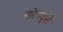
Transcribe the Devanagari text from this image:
कोपदृष्टि